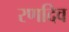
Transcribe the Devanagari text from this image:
रणदिव